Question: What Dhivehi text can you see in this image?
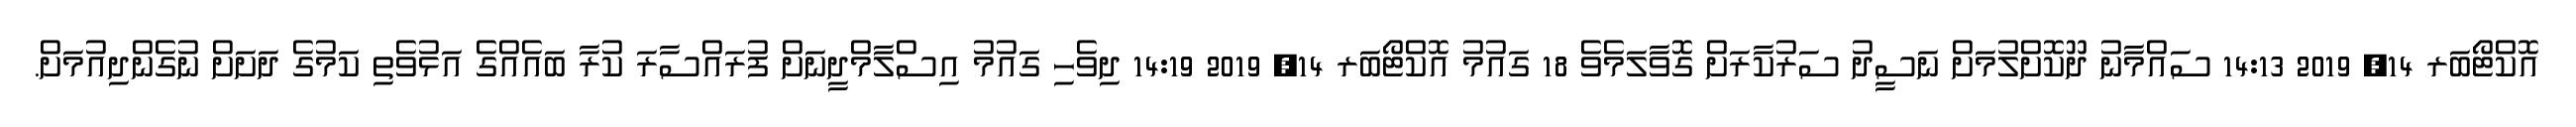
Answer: އޮކްޓޯބަރ 14, 2019 14:13 ސައްމާނު ދޫކޮށްލުމަށް ނަސީދު ސަރުކާރަށް ގޮވާލަމެވެ 18 ގައުމު އޮކްޓޯބަރ 14, 2019 14:19 ދިވެހި ގައުމު އިސްލާމްދީނަށް ފުރައްސާރަ ކުރާ ބައެއްގެ އަޅުވެތި ކަމުގެ ދަށަށް ނުގެންދިއުމަށް.